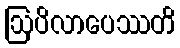
ဩပိလာပေဿတိ